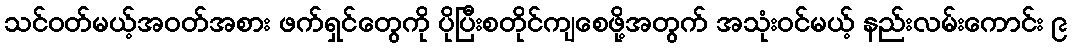
သင်ဝတ်မယ့်အဝတ်အစား ဖက်ရှင်တွေကို ပိုပြီးစတိုင်ကျစေဖို့အတွက် အသုံးဝင်မယ့် နည်းလမ်းကောင်း ၉